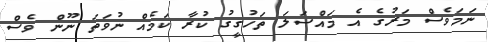
ނަމަވެސް މަރުގެ އެ މައްސަލަ ތަހުގީގު ކުރާ ކަމެއް ނުވަތަ ނޫން ވެސް